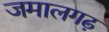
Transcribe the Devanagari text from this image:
जमालगढ़